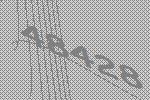
48428